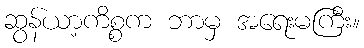
ဆွန်ယာ့ကိစ္စက ဘာမှ အရေးမကြီး။